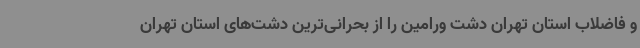
و فاضلاب استان تهران دشت ورامین را از بحرانی‌ترین دشت‌های استان تهران